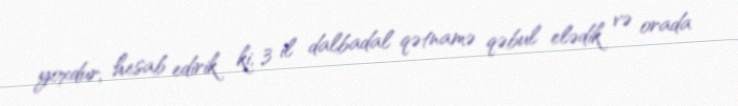
yoxdur, hesab edirik ki, 3 il dalbadal qətnamə qəbul elədik və orada